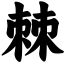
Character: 棘